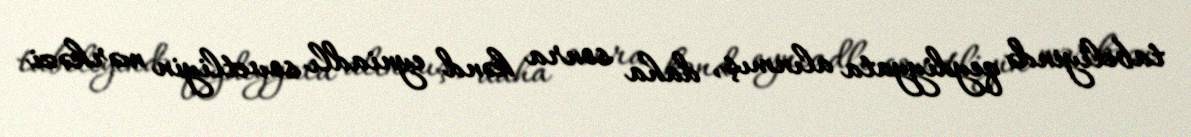
tabeliyində qeydiyyata alınmış, daha sonra kənd eyniadlı sovetliyin mərkəzi